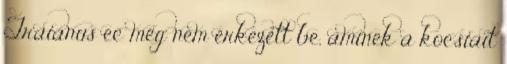
Traianus ec még nem érkezett be, aminek a kocsiait